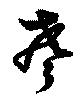
聲